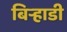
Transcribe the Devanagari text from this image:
बिर्‍हाडी